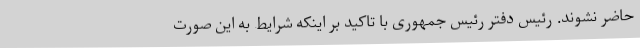
حاضر نشوند. رئیس دفتر رئیس جمهوری با تاکید بر اینکه شرایط به این صورت